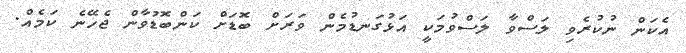
އެކަން ނުކުރެވި ލަސްވާ ލަސްވުމަކީ އަޅުގަނޑުމެން ވަރަށް ބޮޑަށް ކަންބޮޑުވާން ޖެހޭނެ ކަމެއް.